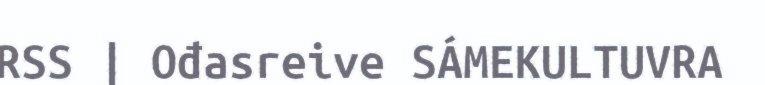
RSS | Ođasreive SÁMEKULTUVRA